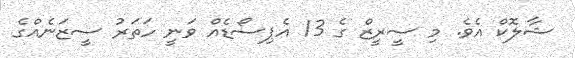
ޝާލޮކް އެވެ. މި ސީރީޒް ގެ 13 އެޕިސޯޑެއް ވަނީ ހަތަރު ސީޒަނެއްގެ